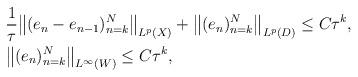
LaTeX: \begin{align*}&\frac{1}{\tau}\big\|(e_n-e_{n-1} )_{n=k}^N\big\|_{ L^p(X)} + \big\|(e_n )_{n=k}^N\big\|_{ L^p(D)} \le C\tau^k , \\& \big\|(e_n )_{n=k}^N\big\|_{ L^\infty(W)} \le C\tau^k , \end{align*}